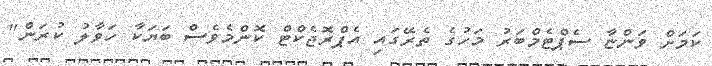
ކަމަށް ވަންޏާ ސެޕްޓެމްބަރު މަހުގެ ތެރޭގައި އެޕްރޮޖެކްޓް ކޮންމެވެސް ބަޔަކާ ހަވާލު ކުރަން"